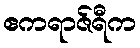
ဧကရာဇ်ရီက